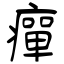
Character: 癉